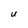
Character: U